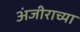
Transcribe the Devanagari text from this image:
अंजीराच्या